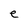
Character: e